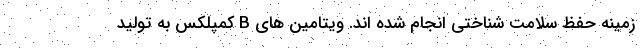
زمینه حفظ سلامت شناختی انجام شده اند. ویتامین های B کمپلکس به تولید